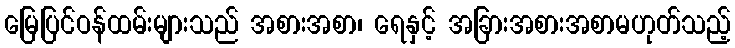
မြေပြင်ဝန်ထမ်းများသည် အစားအစာ၊ ရေနှင့် အခြားအစားအစာမဟုတ်သည့်